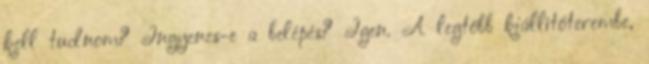
kell tudnom? Ingyenes-e a belépés? Igen. A legtöbb kiállítóterembe,